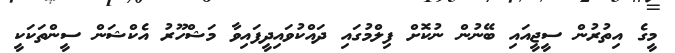
މީގެ އިތުރުން ސީޖީއައި ބޭނުން ނުކޮށް ފިލްމުގައި ދައްކުވައިދީފައިވާ މަޝްހޫރު އެކްޝަން ސީންތަކަކީ